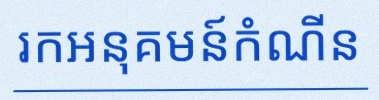
រកអនុគមន៍កំណើន